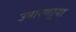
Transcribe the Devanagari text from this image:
उभारणार्‍या